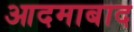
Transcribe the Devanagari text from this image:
आदमाबाद